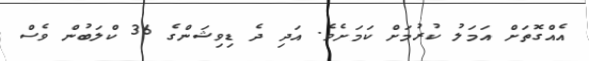
އެއްގޮތަށް އަމަލު ކުރުމަށް ކަމަށެވެ. އަދި ދެ ޑިވިޝަންގެ 36 ކްލަބުން ވެސް